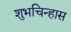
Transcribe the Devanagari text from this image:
शुभचिन्हास